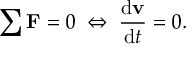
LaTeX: \sum \mathbf { F } = 0 \; \Leftrightarrow \; { \frac { \mathrm { d } \mathbf { v } } { \mathrm { d } t } } = 0 .